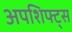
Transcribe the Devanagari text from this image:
अपशिफ्ट्स